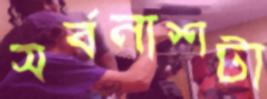
সর্বনাশটা